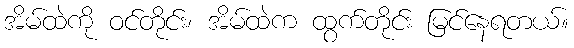
အိမ်ထဲကို ဝင်တိုင်း၊ အိမ်ထဲက ထွက်တိုင်း မြင်နေရတယ်။